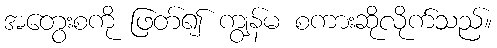
အတွေးစကို ဖြတ်၍ ကျွန်မ စကားဆိုလိုက်သည်။